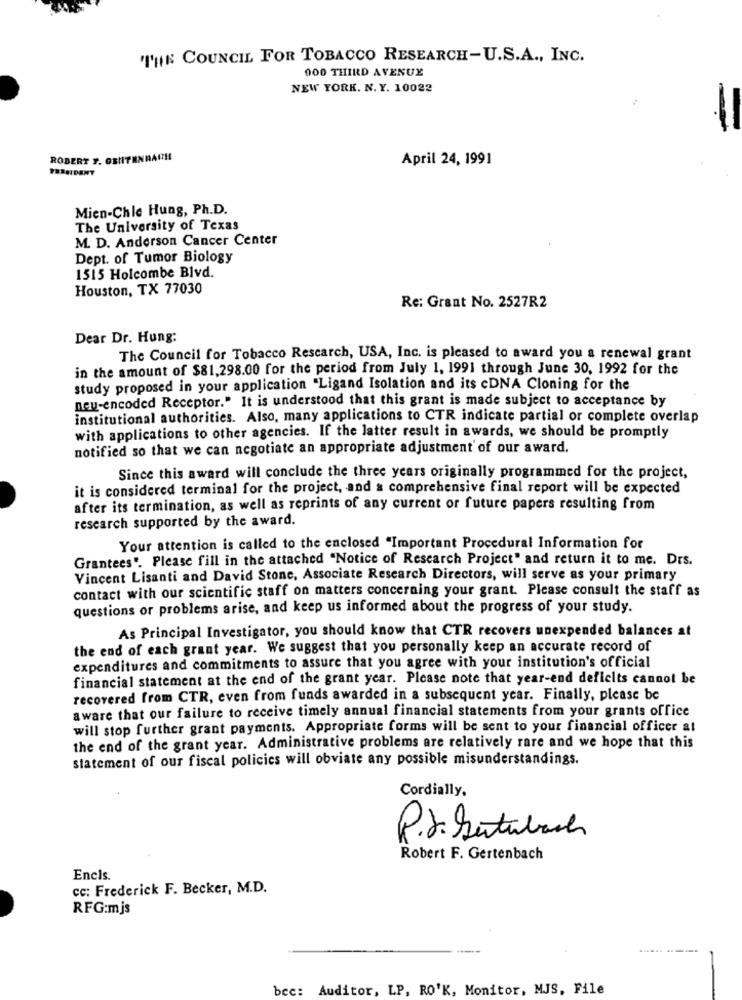
"THE COUNCIL FOR TOBACCO RESEARCH-U.S.A ., INC.
000 THIRD AVENUE
NEW YORK. N. Y. 10022
-
ROBERT S. OSHITENRACHE
April 24, 1991
Mien-Chle Hung, Ph.D.
The University of Texas
M. D. Anderson Cancer Center
Dept. of Tumor Biology
1515 Holcombe Blvd.
Houston, TX 77030
Re: Grant No. 2527R2
Dear Dr. Hung:
The Council for Tobacco Rescarch, USA, Inc. is pleased to award you a renewal grant
in the amount of $81,298.00 for the period from July 1, 1991 through June 30, 1992 for the
study proposed in your application "Ligand Isolation and its cDNA Cloning for the
neu-encoded Receptor." It is understood that this grant is made subject to acceptance by
institutional authorities. Also, many applications to CTR indicate partial or complete overlap
with applications to other agencies. If the latter result in awards, we should be promptly
notified so that we can negotiate an appropriate adjustment of our award.
Since this award will conclude the three years originally programmed for the project,
it is considered terminal for the project, and & comprehensive final report will be expected
after its termination, as well as reprints of any current or future papers resulting from
research supported by the award.
Your attention is called to the enclosed "Important Procedural Information for
Grantees". Please fill in the attached "Notice of Research Project" and return it to me. Drs.
Vincent Lisanti and David Stone, Associate Research Directors, will serve as your primary
contact with our scientific staff on matters concerning your grant. Please consult the staff as
questions or problems arise, and keep us informed about the progress of your study.
As Principal Investigator, you should know that CTR recovers unexpended balances at
the end of each grant year. We suggest that you personally keep an accurate record of
expenditures and commitments to assure that you agree with your institution's official
financial statement at the end of the grant year. Please note that year-end deficits cannot be
recovered from CTR, even from funds awarded in a subsequent year. Finally, please be
aware that our failure to receive timely annual financial statements from your grants office
will stop further grant payments. Appropriate forms will be sent to your financial officer at
the end of the grant year. Administrative problems are relatively rare and we hope that this
statement of our fiscal policies will obviate any possible misunderstandings.
Cordially.
P.S. Setubash
Robert F. Gertenbach
Encls
cc: Frederick F. Becker, M.D.
RFG:mjs
bcc: Auditor, LP, RO'K, Monitor, MJS, File